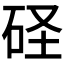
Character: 𥑋